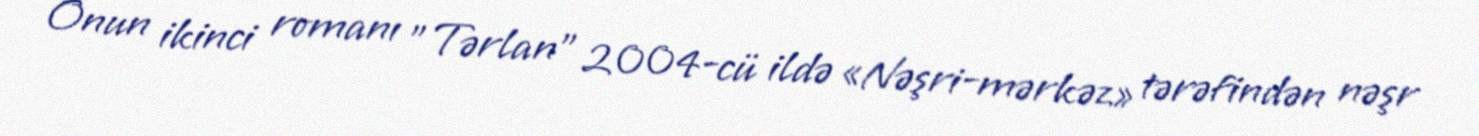
Onun ikinci romanı "Tərlan" 2004-cü ildə «Nəşri-mərkəz» tərəfindən nəşr